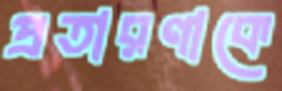
প্রতারণাকে